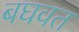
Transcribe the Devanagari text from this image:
बघवत